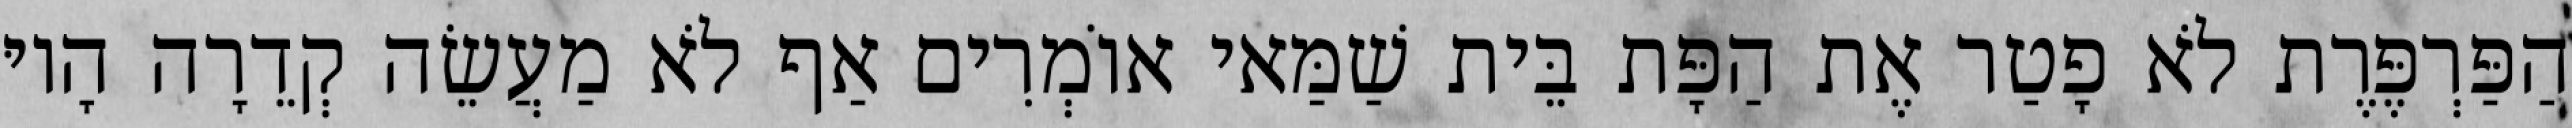
הַפַּרְפֶּרֶת לֹא פָטַר אֶת הַפָּת בֵּית שַׁמַּאי אוֹמְרִים אַף לֹא מַעֲשֵׂה קְדֵרָה הָיוּ